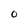
Character: 0